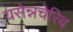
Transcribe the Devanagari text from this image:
यसेन्नचेरिब